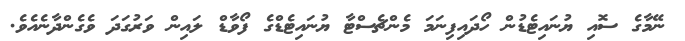
ނޭމާގެ ސޮއި ޔުނައިޓެޑުން ހޯދައިފިނަމަ މެންޗެސްޓާ ޔުނައިޓެޑްގެ ފޯވާޑް ލައިން ވަރުގަދަ ވެގެންދާނެއެވެ.